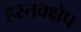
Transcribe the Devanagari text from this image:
हस्तक्क्षेप